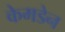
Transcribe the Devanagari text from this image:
केमडेन